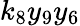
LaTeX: k_{8}y_{9}y_{6}